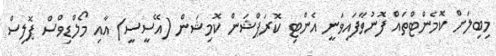
މިބިލަށް ކޮމެންޓްތައް ފޮނުވާފައިވަނީ އެންޓި ކޮރަޕްޝަން ކޮމިޝަން (އޭސީސީ) އާއި މޯލްޑިވްސް ޕޮލިސް